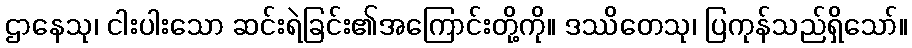
ဌာနေသု၊ ငါးပါးသော ဆင်းရဲခြင်း၏အကြောင်းတို့ကို။ ဒဿိတေသု၊ ပြကုန်သည်ရှိသော်။